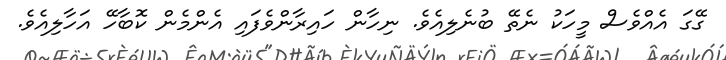
ގޭގަ އެއްވެސް މީހަކު ނެތޭ ބުނެލިއެވެ. ނިހާން ހައިރާންވެފައި އެންމެން ކޮބާހޭ އަހާލިއެވެ.